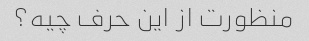
منظورت از این حرف چیه؟